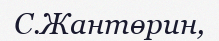
С.Жантөрин,